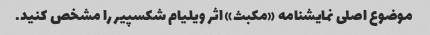
موضوع اصلی نمایشنامه «مکبث» اثر ویلیام شکسپیر را مشخص کنید.